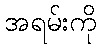
အရမ်းကို